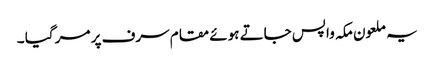
یہ ملعون مکہ واپس جاتے ہوئے مقام سرف پر مر گیا ۔